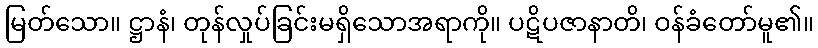
မြတ်သော။ ဋ္ဌာနံ၊ တုန်လှုပ်ခြင်းမရှိသောအရာကို။ ပဋိပဇာနာတိ၊ ဝန်ခံတော်မူ၏။